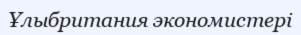
Ұлыбритания экономистері